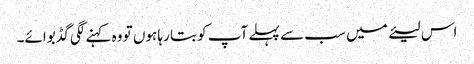
اس لیئے میں سب سے پہلے آپ کو بتا رہا ہوں تو وہ کہنے لگی گڈ بوائے۔